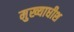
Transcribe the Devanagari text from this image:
मुख्याधीश